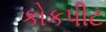
કોકપીટ